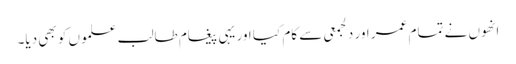
انھوں نے تمام عمر اور دلجمعی سے کام کیا اور یہی پیغام طالب علموں کو بھی دیا۔